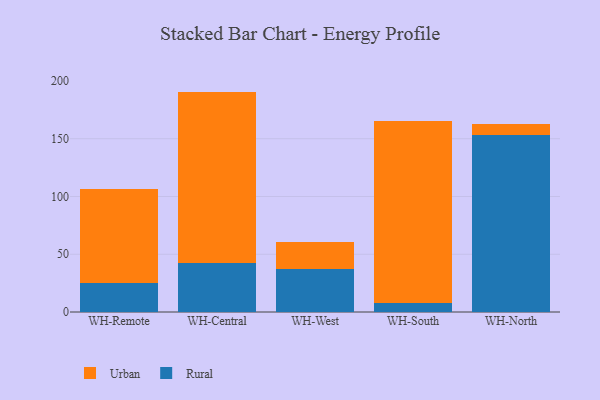
{"axis": {"x": "Warehouse", "y": "Energy Usage (MWh)"}, "legend": ["Rural", "Urban"], "data": [{"x": "WH-Remote", "y": 24.9, "type": "Rural"}, {"x": "WH-Remote", "y": 82.0, "type": "Urban"}, {"x": "WH-Central", "y": 42.4, "type": "Rural"}, {"x": "WH-Central", "y": 148.4, "type": "Urban"}, {"x": "WH-West", "y": 37.0, "type": "Rural"}, {"x": "WH-West", "y": 23.6, "type": "Urban"}, {"x": "WH-South", "y": 7.8, "type": "Rural"}, {"x": "WH-South", "y": 157.6, "type": "Urban"}, {"x": "WH-North", "y": 153.3, "type": "Rural"}, {"x": "WH-North", "y": 9.4, "type": "Urban"}]}